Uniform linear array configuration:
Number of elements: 12
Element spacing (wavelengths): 0.75
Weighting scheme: kaiser
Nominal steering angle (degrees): -15
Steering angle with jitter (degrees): -13.98
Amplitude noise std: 0.05
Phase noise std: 0.05

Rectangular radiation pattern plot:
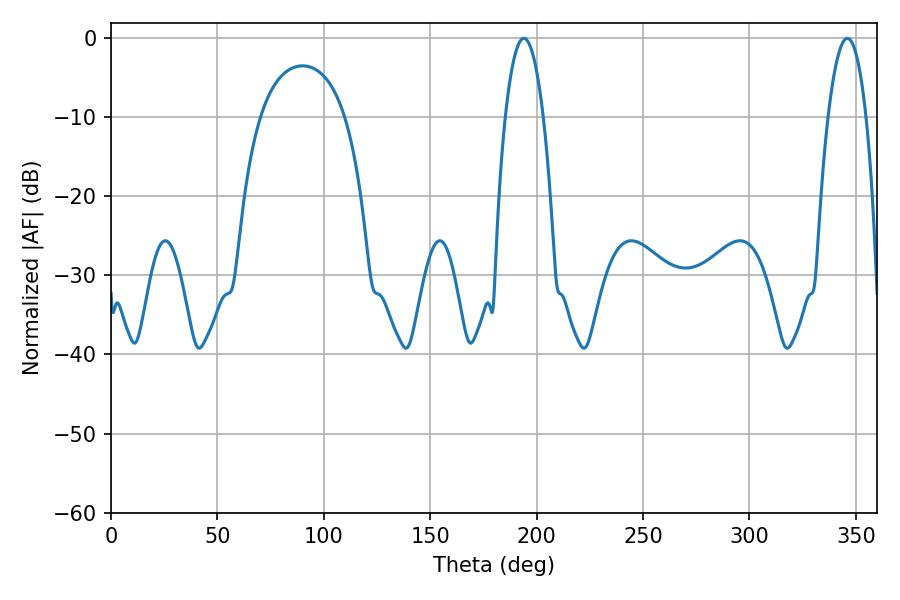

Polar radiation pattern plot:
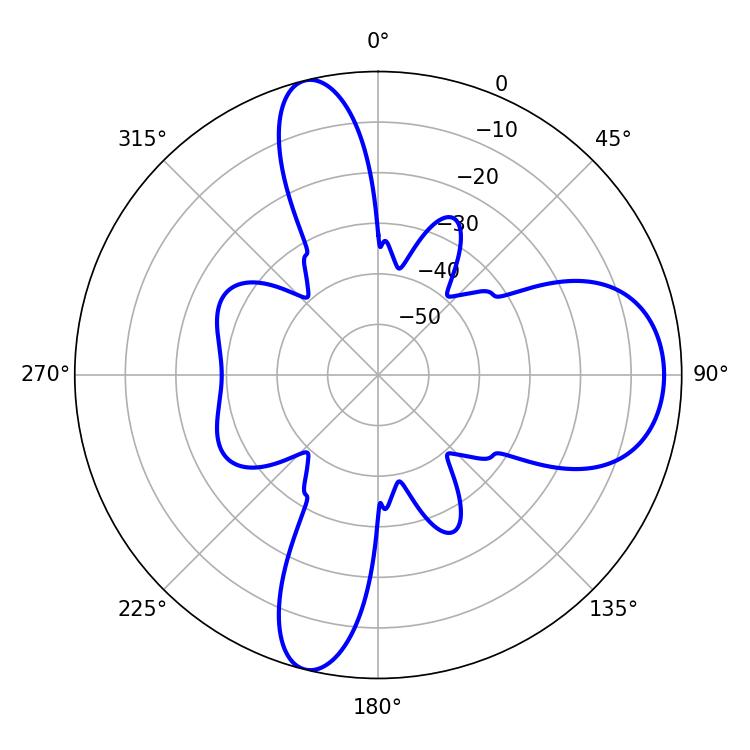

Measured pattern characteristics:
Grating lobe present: TRUE
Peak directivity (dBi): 11.776
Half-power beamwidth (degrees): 9.9
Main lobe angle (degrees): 194.04